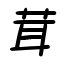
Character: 茸